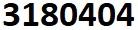
3180404